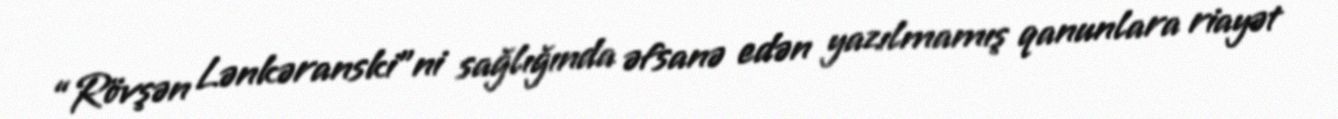
“Rövşən Lənkəranski”ni sağlığında əfsanə edən yazılmamış qanunlara riayət